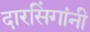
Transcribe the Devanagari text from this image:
दारसिंगांनी